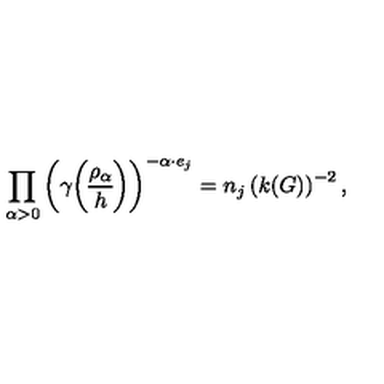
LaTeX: \prod _ { \alpha > 0 } \left( \gamma { \rho _ { \alpha } \overwithdelims ( ) h } \right) ^ { - \alpha \cdot e _ { j } } = n _ { j } \left( k ( G ) \right) ^ { - 2 } ,